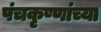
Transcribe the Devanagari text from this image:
पंचकृष्णांच्या